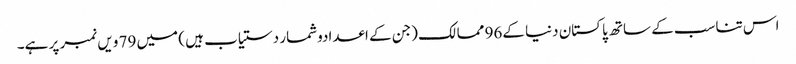
اس تناسب کے ساتھ پاکستان دنیا کے96 ممالک (جن کے اعدادوشمار دستیاب ہیں ) میں 79 ویں نمبر پر ہے۔